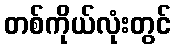
တစ်ကိုယ်လုံးတွင်